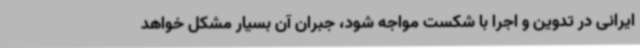
ایرانی در تدوین و اجرا با شکست مواجه شود، جبران آن بسیار مشکل خواهد